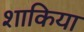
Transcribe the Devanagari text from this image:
शाकिया